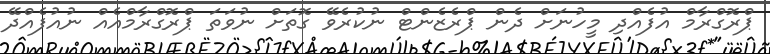
ޕްރޮގްރާމް އުފެއްދި މީހުނަށް ދެން ޕްރެޒެންޓް ނުކުރެވޭ ގޮތަށް ނުވަތަ ޕްރޮގްރާމްއެއް ނުއުފެއްދޭ